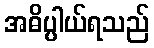
အဓိပ္ပါယ်ရသည်